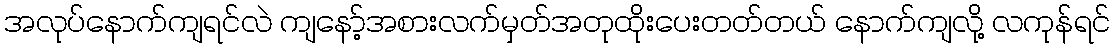
အလုပ်နောက်ကျရင်လဲ ကျနော့်အစားလက်မှတ်အတုထိုးပေးတတ်တယ် နောက်ကျလို့ လကုန်ရင်